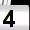
Digit: 4